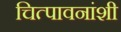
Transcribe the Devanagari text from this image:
चित्पावनांशी